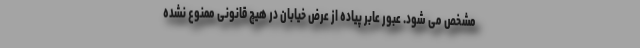
مشخص می‌ شود. عبور عابر پیاده از عرض خیابان در هیچ قانونی ممنوع نشده